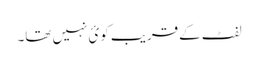
لفٹ کےقریب کوئ نہیں تھا۔